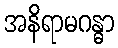
အနိရာမဂန္ဓာ